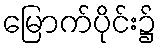
မြောက်ပိုင်း၌